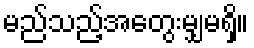
မည်သည့်အတွေးမျှမရှိ။